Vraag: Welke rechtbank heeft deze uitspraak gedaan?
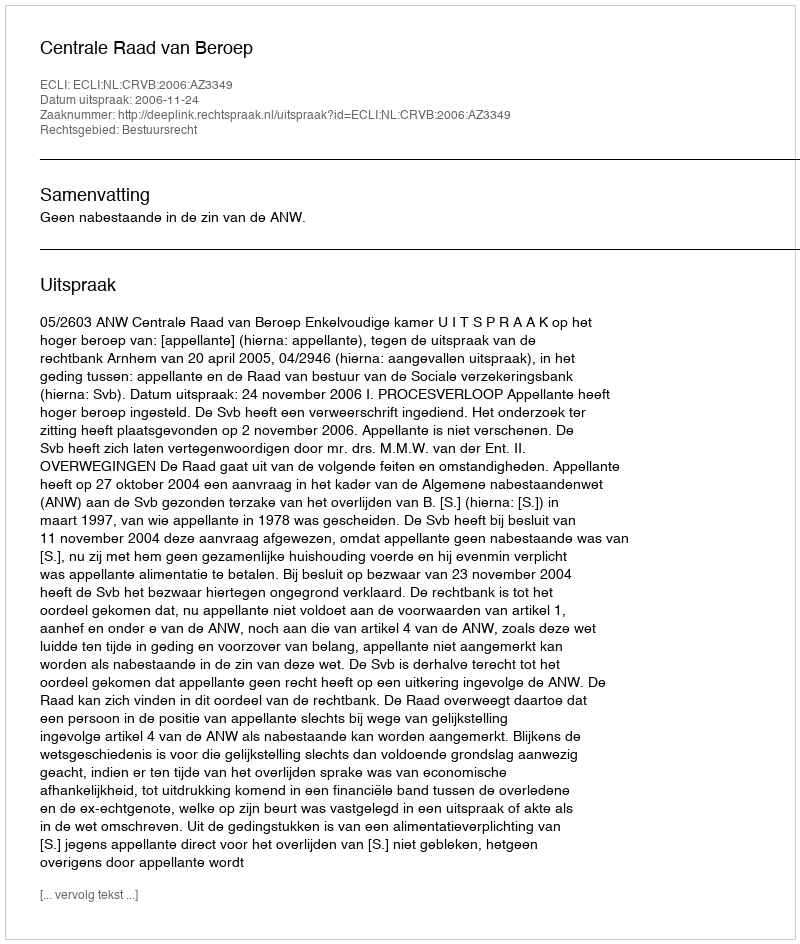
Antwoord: Centrale Raad van Beroep